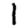
Digit: 1